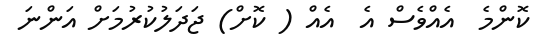
ކޮންމެ  އެއްވެސް އެ  އެއް ( ކޮށް) ޖަދަލުކުރުމަށް އަންނަ